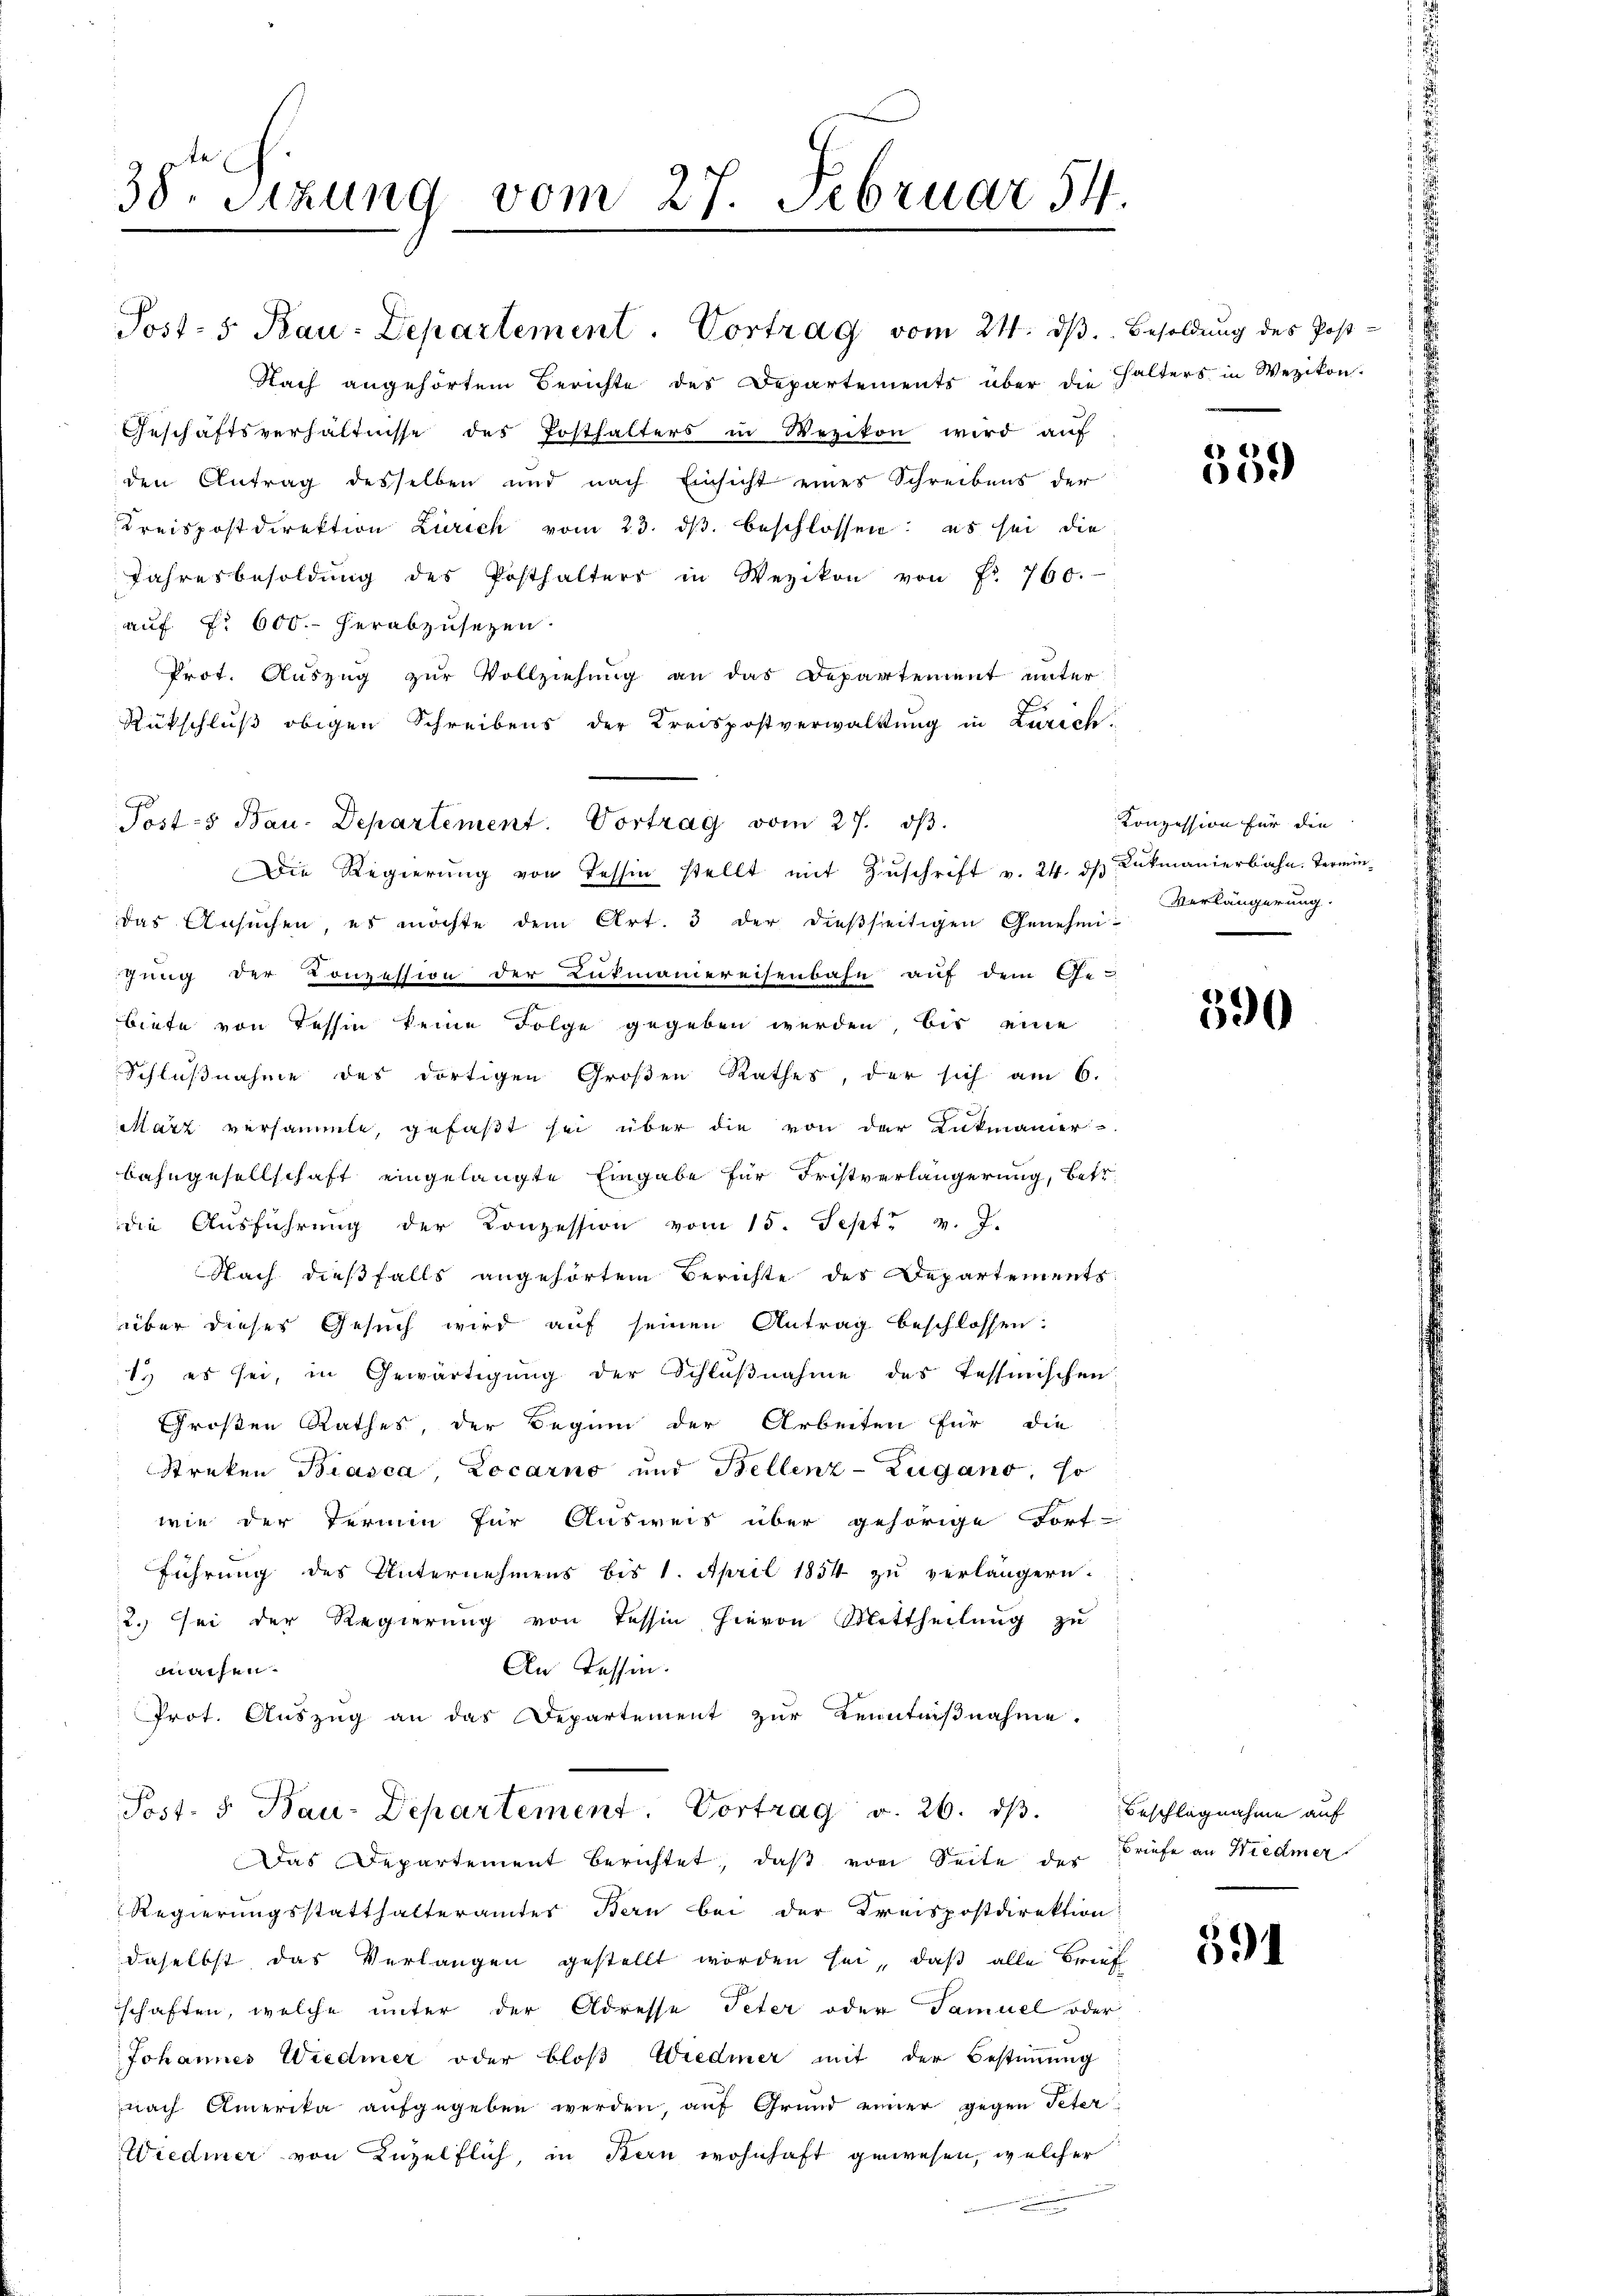
38. Sitzung vom 27. Februar 54.

Post- 5. Bau-Departement. Vortrag vom 21. dβ. Besoldung des Post-
Nach angehörtem Berichte des Departements über die Halters in Wezikon.
Geschäftsverhältnisse des Posthalters in Wezikon wird aŭf
den Antrag desselben und nach Einsicht eines Schreibens der
Kreispostdirektion Zürich vom 23. dβ beschlossen: es sei die
Jahresbesoldŭng des Posthalters in Wezikon von Fr. 760.
auf §. 600. herabzusetzen.
Prot. Auszug zur Vollziehung an das Departement unter
Rükschluß obigen Schreibens der Kreispostverwaltung in Zürich
Posts Bau-Departement. Vortrag vom 27. dβ
Die Regierŭng von Tessin stellt mit Zŭschrift v. 24. ds Lukmanierbahn. Termindas Ansuchen, es möchte dem Art. 3 der dießseitigen Genehmigung der Conzession der Lukmaniereisenbahn auf dem Ge-
biete von Tessin keine Folge gegeben werden, bis eine
Schlußnahme des dortigen Großen Rathes, der sich am 6.
März versammte, gefaßt sei über die von der Lukmanier-
Bahngesellschaft eingelangte Eingabe für Fristverlängerung, betr.
die Aŭsführung der Konzession vom 15. Sept. v. J.
Nach dießfalls angehörtem Berichte des Departements
über dieses Gesuch wird auf seinen Antrag beschlossen:
t. es sei, in Gewärtigung der Schlußnahme des Tessinischen
Großen Rathes, der Beginn der Arbeiten für die
Streken Biasca, Locarno und Bellenz-Zugano, so
wie der Termin für Ausweis über gehörige Fort-
führung des Unternehmens bis 1. April 1854 zu verlängern.
2. sei der Regierung von Tessin hievon Mittheilung zu
An Tessin.
machen.
Prot. Auszug an das Departement zur Kenntnißnahme.
Post- u Bau-Departement. Vortrag v. 26. dβ. Beschlagnahme auf
Das Departement berichtet, daß von Seite der Briefe an Wiedmer
Regierungsstatthalteramtes Bern bei der Kreispostdirektion:
daselbst das Verlangen gestellt worden sei, daß alle Brief
schaften, welche unter der Adresse Peter oder Samuel oder
Johannes Wiedmer oder bloß Wiedmer mit der Bestimmung
nach Amerika aŭfgegeben werden, auf Grund einer gegen Peter¬
Wiedmer von Luzelflich, in Bern wohnhaft gewesen, welcher

359

Konzession für die
Verlängerung.

390

591